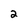
Character: 2